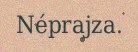
Néprajza.